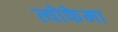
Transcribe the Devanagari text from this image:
त्योफेमा